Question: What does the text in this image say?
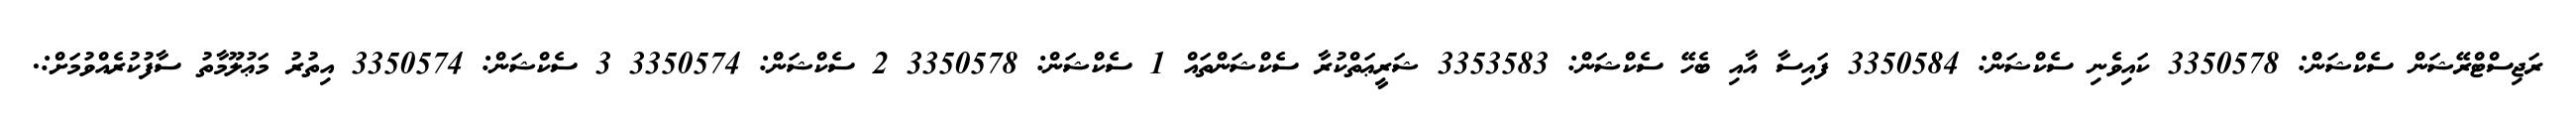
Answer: ރަޖިސްޓްރޭޝަން ސެކްޝަން: 3350578 ކައިވެނި ސެކްޝަން: 3350584 ފައިސާ އާއި ބެހޭ ސެކްޝަން: 3353583 ޝަރީޢަތްކުރާ ސެކްޝަންތައް 1 ސެކްޝަން: 3350578 2 ސެކްޝަން: 3350574 3 ސެކްޝަން: 3350574 އިތުރު މަޢުލޫމާތު ސާފުކުރެއްވުމަށް:.